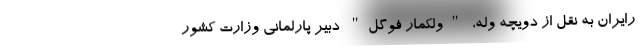
رایران به نقل از دویچه وله، "ولکمار فوگل" دبیر پارلمانی وزارت کشور